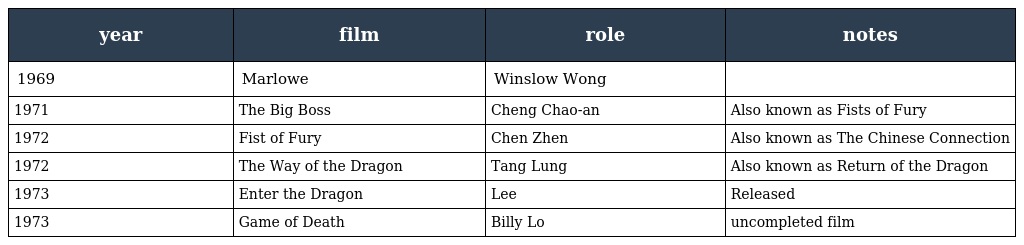
| year | film | role | notes |
 | --- | --- | --- | --- |
 | 1969 | Marlowe | Winslow Wong |  |
 | 1971 | The Big Boss | Cheng Chao-an | Also known as Fists of Fury |
 | 1972 | Fist of Fury | Chen Zhen | Also known as The Chinese Connection |
 | 1972 | The Way of the Dragon | Tang Lung | Also known as Return of the Dragon |
 | 1973 | Enter the Dragon | Lee | Released |
 | 1973 | Game of Death | Billy Lo | uncompleted film |